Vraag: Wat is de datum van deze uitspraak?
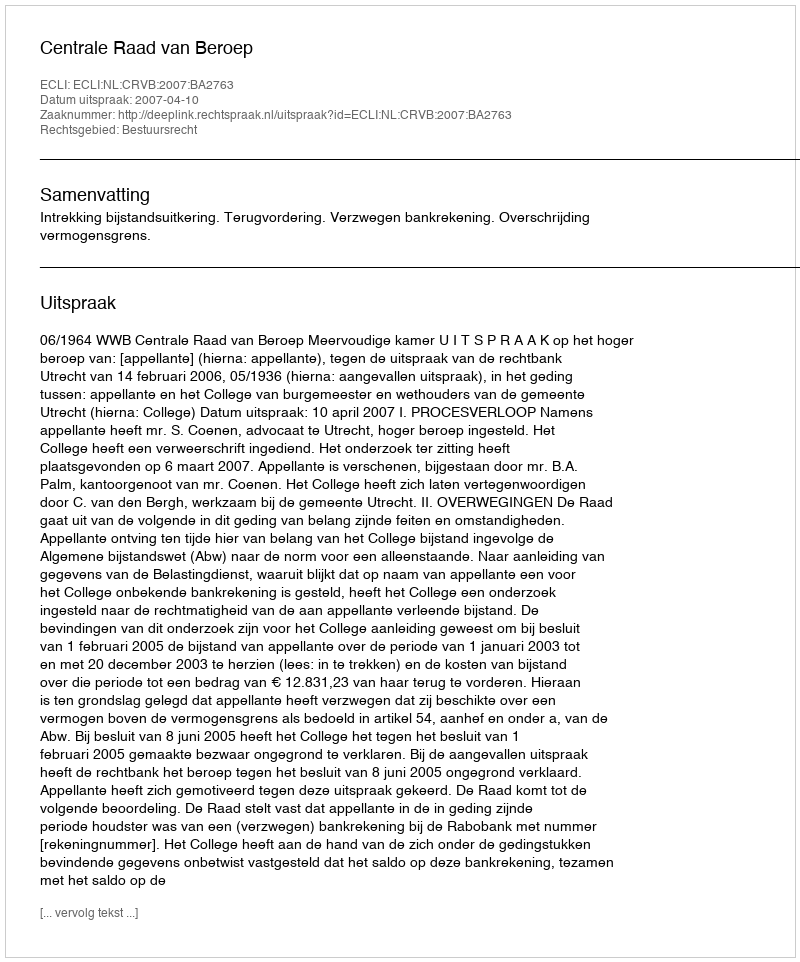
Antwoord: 2007-04-10